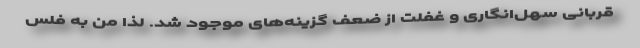
قربانی سهل‌انگاری و غفلت از ضعف گزینه‌های موجود شد. لذا من به فلس